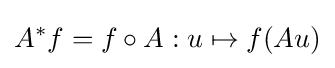
A^{*}f=f\circ A:u\mapsto f(Au)